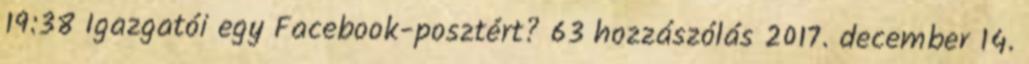
19:38 Igazgatói egy Facebook-posztért? 63 hozzászólás 2017. december 14.